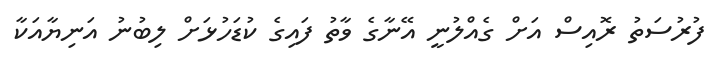
ފުރުސަތު ރޮއިސް އަށް ގެއްލުނީ އޭނާގެ ވާތު ފައިގެ ކުޑަހުޅަށް ލިބުނު އަނިޔާއަކާ